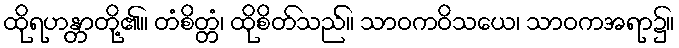
ထိုရဟန္တာတို့၏။ တံစိတ္တံ၊ ထိုစိတ်သည်။ သာဝကဝိသယေ၊ သာဝကအရာ၌။